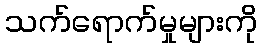
သက်ရောက်မှုများကို